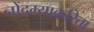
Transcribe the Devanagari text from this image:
नोंदम्याकरिता